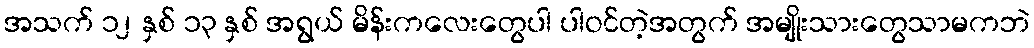
အသက် ၁၂ နှစ် ၁၃ နှစ် အရွယ် မိန်းကလေးတွေပါ ပါဝင်တဲ့အတွက် အမျိုးသားတွေသာမကဘဲ